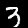
Digit: 3